Plague in India, 1896, 1897 - Volume 2
Year: 1896
Disease focus: Plague
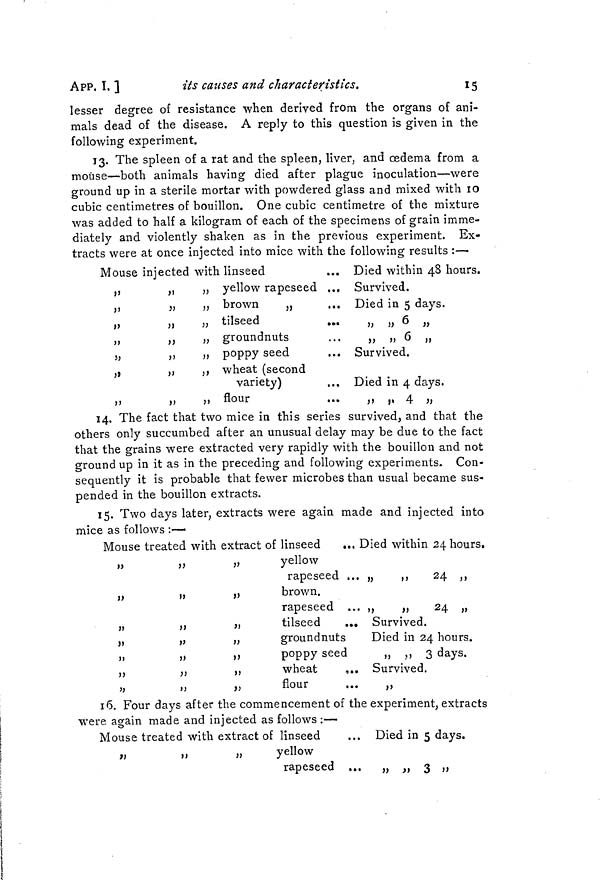
15
APP. I. ]
its causes and characteristics.
lesser degree of resistance when derived from the organs of ani-
mals dead of the disease. A reply to this question is given in the
following experiment.
13. The spleen of a rat and the spleen, liver, and œdema from a
mouse—both animals having died after plague inoculation—were
ground up in a sterile mortar with powdered glass and mixed with 10
cubic centimetres of bouillon. One cubic centimetre of the mixture
was added to half a kilogram of each of the specimens of grain imme-
diately and violently shaken as in the previous experiment. Ex-
tracts were at once injected into mice with the following results :—
Mouse injected with linseed
,,
,,
„ yellow rapeseed ...
„
„
„ brown
„
„
„
tilseed
„
„
„ groundnuts
,,
„
„ poppy seed
,,
,,
,, wheat (second
variety)
„
„
„ flour
Died within 48 hours.
Survived.
Died in 5 days.
,, ,, 6 ,,
,, ,, 6 ,,
Survived.
Died in 4 days.
,, ,, 4 ,,
14. The fact that two mice in this series survived, and that the
others only succumbed after an unusual delay may be due to the fact
that the grains were extracted very rapidly with the bouillon and not
ground up in it as in the preceding and following experiments. Con-
sequently it is probable that fewer microbes than usual became sus-
pended in the bouillon extracts.
15. Two days later, extracts were again made and injected into
mice as follows :—
Mouse treated with extract of linseed
... Died within 24 hours.
yellow
rapeseed ...
brown.
rapeseed
tilseed
...
groundnuts
poppy seed
wheat
flour
24
24
Survived.
Died in 24 hours.
„ ,, 3 days.
Survived.
16. Four days after the commencement of the experiment, extracts
were again made and injected as follows :—
Mouse treated with extract of linseed
... Died in 5 days.
„
„
,,
yellow
rapeseed ... ,, ,, 3 ,,